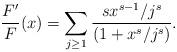
LaTeX: \begin{align*}\frac{F^\prime}{F}(x) = \sum_{j\ge 1}\frac{sx^{s-1}/j^s}{(1+x^s/j^s)}.\end{align*}